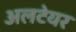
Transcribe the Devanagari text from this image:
अलटेयर